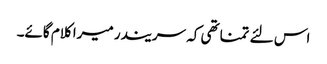
اس لئے تمناتھی کہ سریندر میرا کلام گائے۔